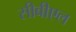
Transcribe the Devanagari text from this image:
सीबीएल